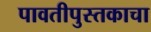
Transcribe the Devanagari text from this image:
पावतीपुस्तकाचा